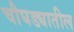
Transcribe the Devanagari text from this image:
चौघड्यातील